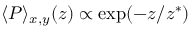
\langle P \rangle _ { x , y } ( z ) \propto \exp ( - z / z ^ { * } )